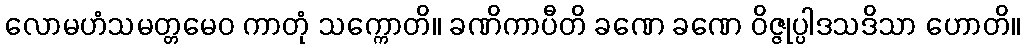
လောမဟံသမတ္တမေဝ ကာတုံ သက္ကောတိ။ ခဏိကာပီတိ ခဏေ ခဏေ ဝိဇ္ဇုပ္ပါဒသဒိသာ ဟောတိ။